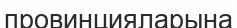
провинцияларына